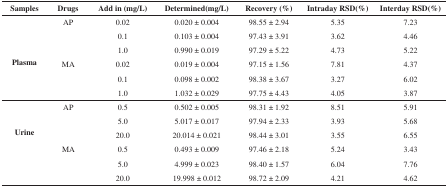
<table><thead><tr><td><b>Samples</b></td><td><b>Drugs</b></td><td><b>Add in(mg/L)</b></td><td><b>Determined(mg/L)</b></td><td><b>Recovery(%)</b></td><td><b>Intraday RSD(%)</b></td><td><b>Interday RSD(%)</b></td></tr></thead><tbody><tr><td rowspan="6"><b>Plasma</b></td><td>AP</td><td>0.02</td><td>0.020±0.004</td><td>98.55±2.94</td><td>5.35</td><td>7.23</td></tr><tr><td></td><td>0.1</td><td>0.103±0.004</td><td>97.43±3.91</td><td>3.62</td><td>4.46</td></tr><tr><td></td><td>1.0</td><td>0.990±0.019</td><td>97.29±5.22</td><td>4.73</td><td>5.22</td></tr><tr><td>MA</td><td>0.02</td><td>0.019±0.004</td><td>97.15±1.56</td><td>7.81</td><td>4.37</td></tr><tr><td></td><td>0.1</td><td>0.098± 0.002</td><td>98.38±3.67</td><td>3.27</td><td>6.02</td></tr><tr><td></td><td>1.0</td><td>1.032±0.029</td><td>97.75±4.43</td><td>4.05</td><td>3.87</td></tr><tr><td rowspan="6"><b>Urine</b></td><td>AP</td><td>0.5</td><td>0.502±0.005</td><td>98.31±1.92</td><td>8.51</td><td>5.91</td></tr><tr><td></td><td>5.0</td><td>5.017±0.017</td><td>97.94±2.33</td><td>3.93</td><td>5.68</td></tr><tr><td></td><td>20.0</td><td>20.014±0.021</td><td>98.44±3.01</td><td>3.55</td><td>6.55</td></tr><tr><td>MA</td><td>0.5</td><td>0.493±0.009</td><td>97.46±2.18</td><td>5.24</td><td>3.43</td></tr><tr><td></td><td>5.0</td><td>4.999±0.023</td><td>98.40±1.57</td><td>6.04</td><td>7.76</td></tr><tr><td></td><td>20.0</td><td>19.998±0.012</td><td>98.72±2.09</td><td>4.21</td><td>4.62</td></tr></tbody></table>